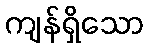
ကျန်ရှိသော